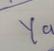
Signature authenticity: genuine